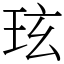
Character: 玹